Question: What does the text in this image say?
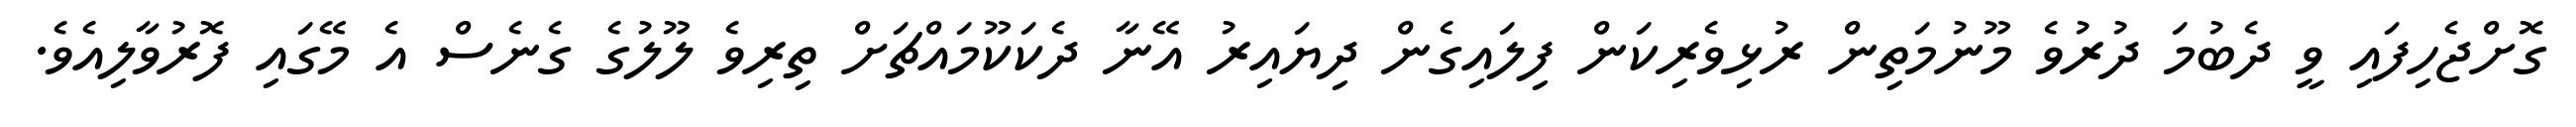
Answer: ގޮށްޖެހިފައި ވީ ދެބުމަ ދުރުވެ މޫނުމަތިން ރުޅިވެރިކަން ފިލައިގެން ދިޔައިރު އޭނާ ދެކަކޫމައްޗަށް ތިރިވެ ލޫލުގެ ގެނެސް އެ މޭގައި ފޮރުވާލިއެވެ.